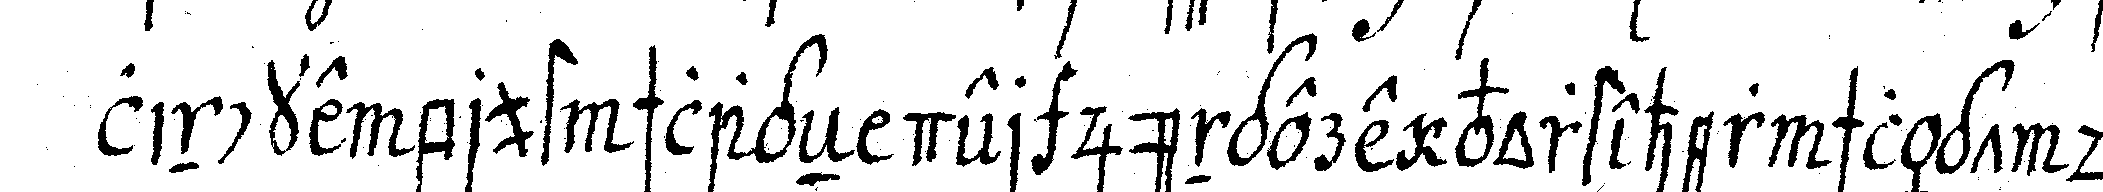
lincke brust schlageN der jüngere vorsteher schlägt dar